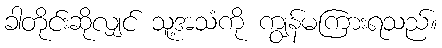
ခါတိုင်းဆိုလျှင် သူ့အသံကို ကျွန်မကြားရသည်။